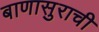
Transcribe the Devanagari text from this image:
बाणासुराची